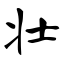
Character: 壮